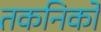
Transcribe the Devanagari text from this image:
तकनिकों